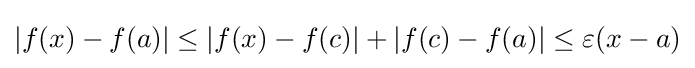
|f(x)-f(a)|\leq |f(x)-f(c)|+|f(c)-f(a)|\leq \varepsilon (x-a)